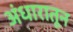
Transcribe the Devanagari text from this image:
अंधारातून